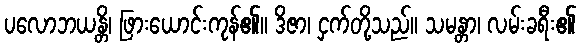
ပလောဘယန္တိ၊ ဖြားယောင်းကုန်၏။ ဒိဇာ၊ ငှက်တို့သည်။ သမန္တာ၊ လမ်းခရီး၏